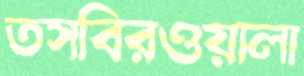
তসবিরওয়ালা